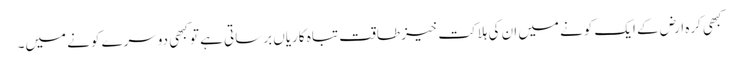
کبھی کرہ ارض کے ایک کونے میں ان کی ہلاکت خیز طاقت تباہ کاریاں برساتی ہے تو کبھی دوسرے کونے میں۔